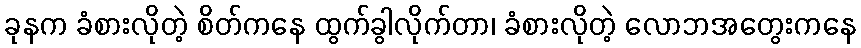
ခုနက ခံစားလိုတဲ့ စိတ်ကနေ ထွက်ခွါလိုက်တာ၊ ခံစားလိုတဲ့ လောဘအတွေးကနေ